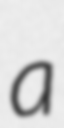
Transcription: a